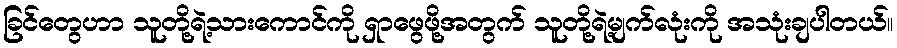
ခြင်တွေဟာ သူတို့ရဲ့သားကောင်ကို ရှာဖွေဖို့အတွက် သူတို့ရဲ့မျက်လုံးကို အသုံးချပါတယ်။